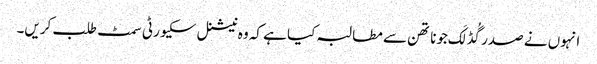
انہوں نے صدر گُڈ لَک جوناتھن سے مطالبہ کیا ہے کہ وہ نیشنل سکیورٹی سمٹ طلب کریں۔